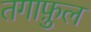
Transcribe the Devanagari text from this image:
तगाफ़ुल